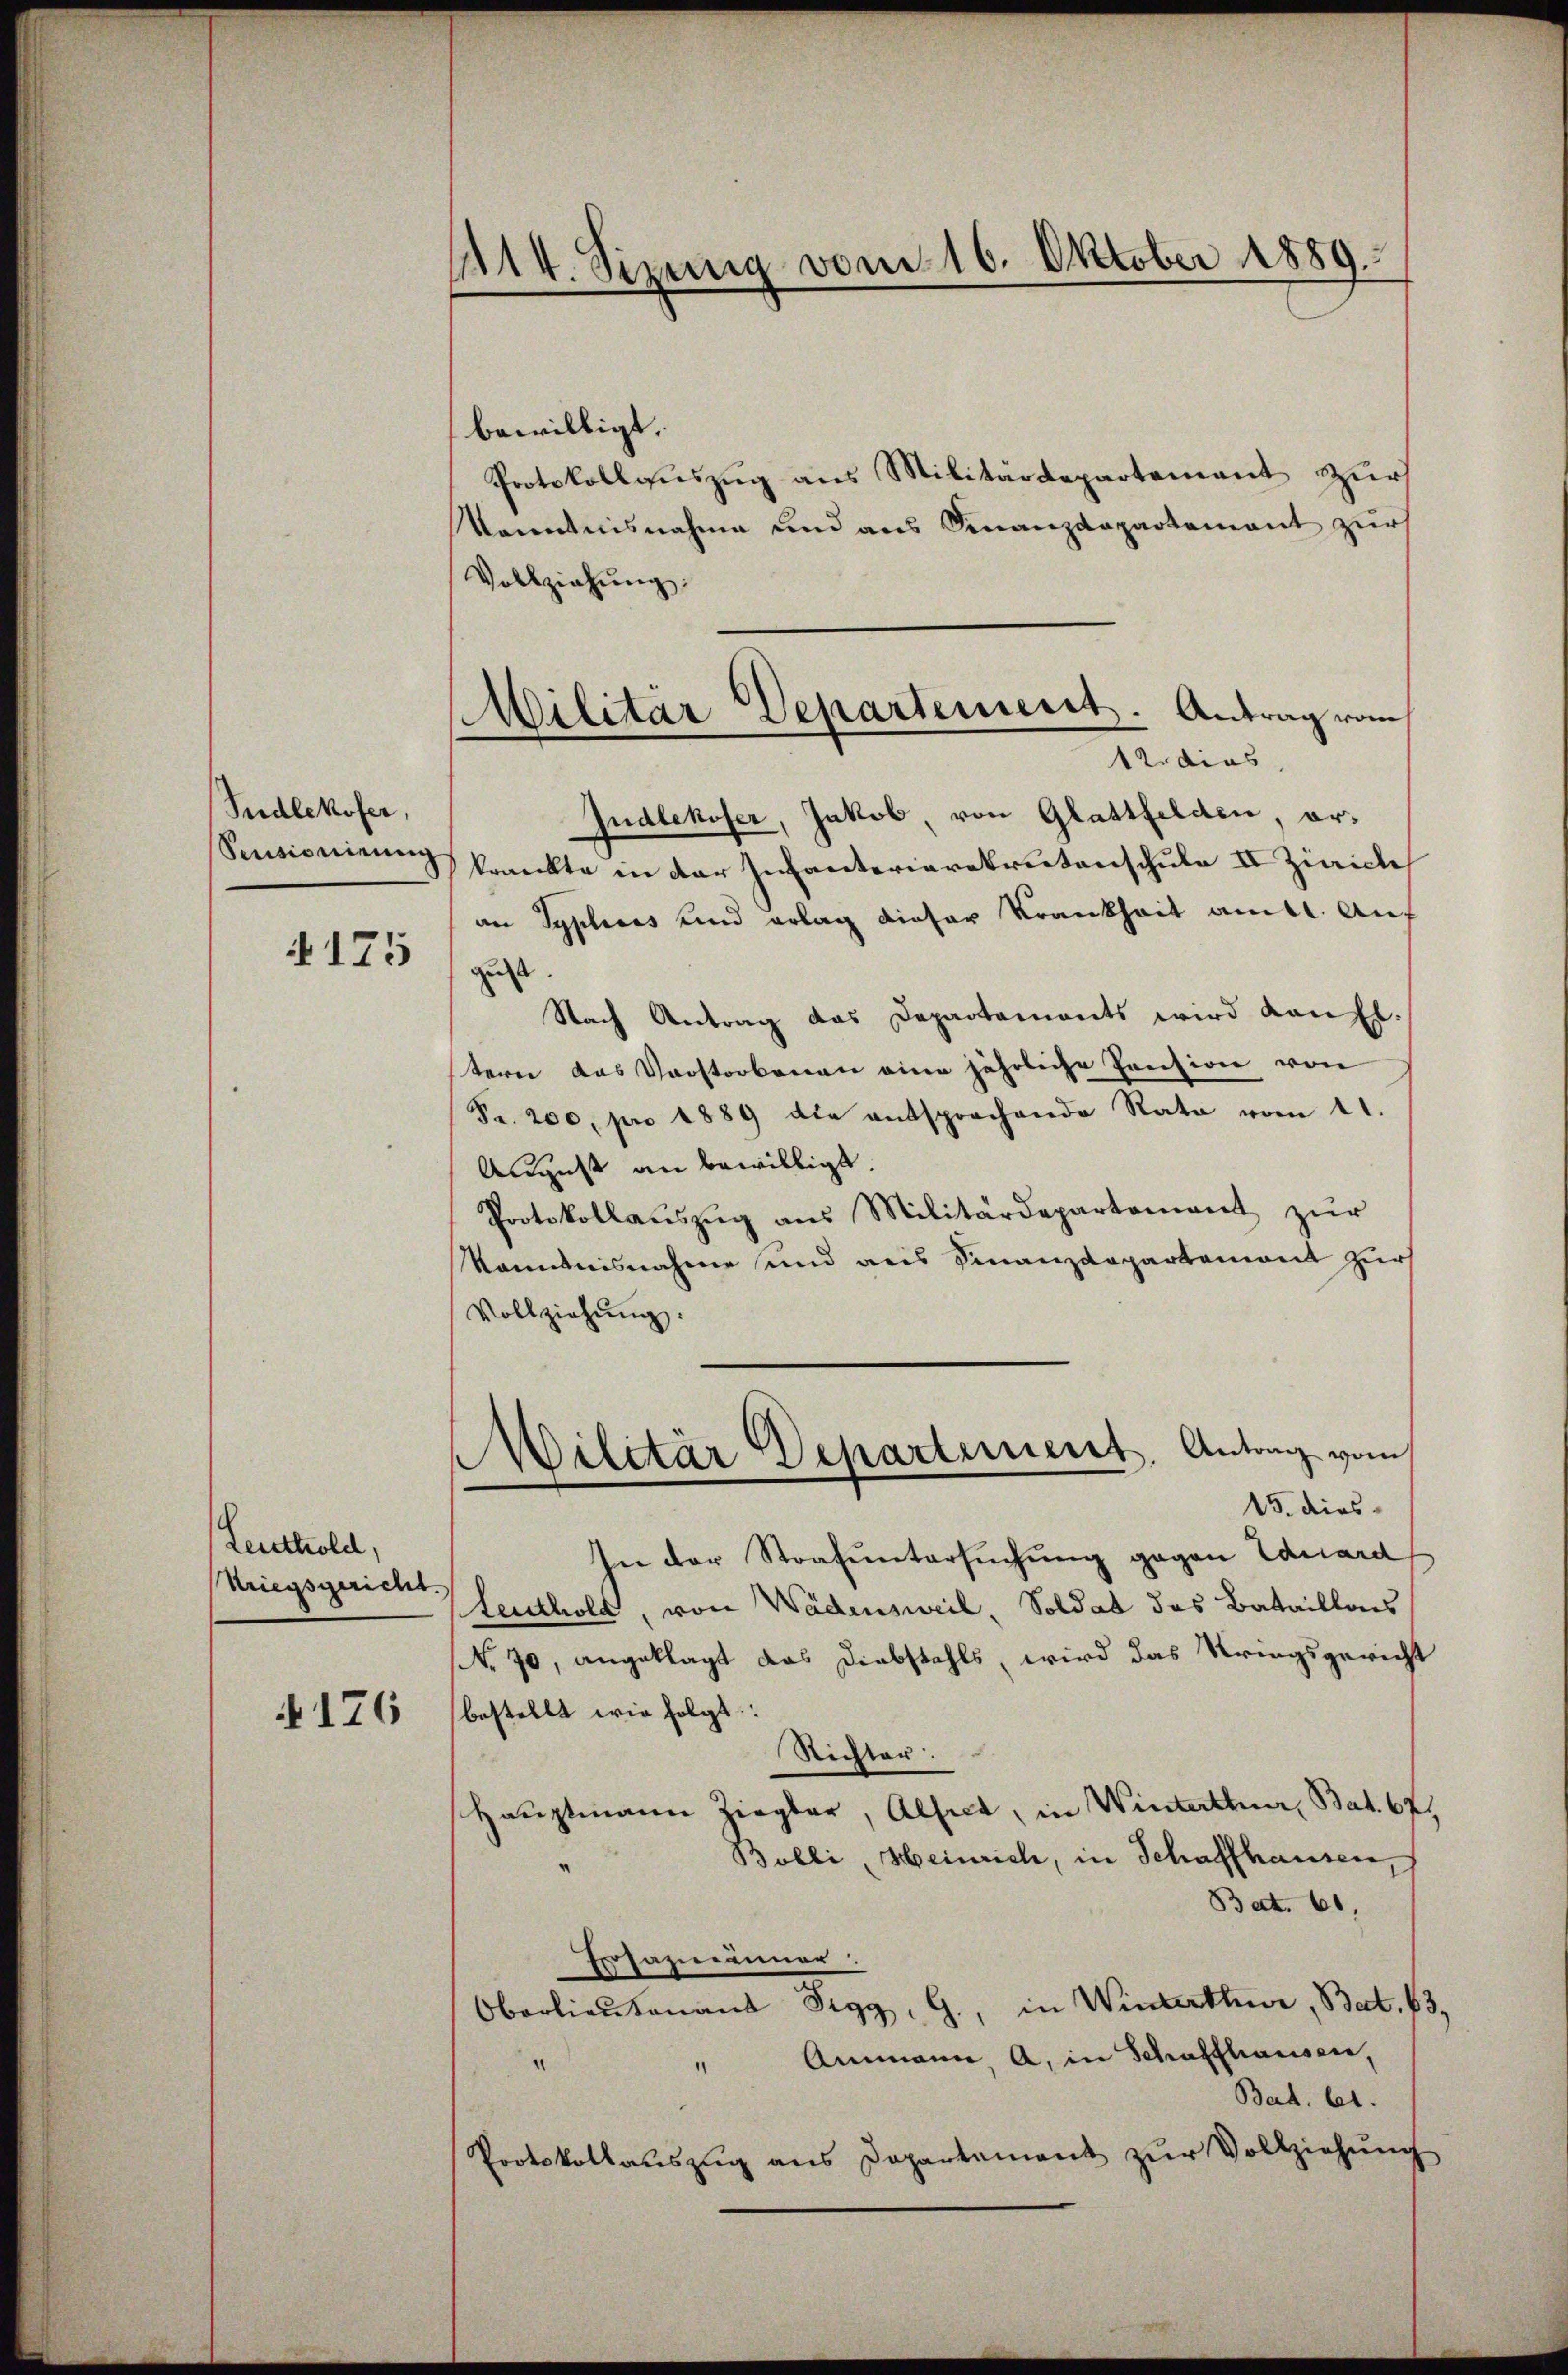
Sudlekofer,
Seewisheinung
4175

Leuthold,
Kriegsgericht.

§176

1114. Sizung vom 16. Oktober 1889

bewilligt.
Protokollaŭszŭg ans Militärdepartement zur
Kenntnisnahme und aus Finanzdepartement zur
Vollziehung.
Judlekofer, Jakob, von Glattfelden, orkrankte in der Infanterierekrutenschule II Ziicle
an Syphines und erlag dieser Krankheit amtl. Auf
gust
Nach Antrag das Departaments wird kan fl.
tern das Vorstorbenen eine jährliche Pension von
Fr. 200, pro 1889 die entsprochende Rata vom 21.
August an bewilligt.
Protokollaŭszŭg ans Militärdepartement zŭr
Maminisnahme und aus Finanzdepartement zur
Vollziehŭng.
(Militär Departement. Antrag vom
15. dies
In der Strafuntersuchung gegen Eduard
Leuthold, von Wädensweil, Soldat das Bataillons
NNo. 70, angeklagt das Diebstahls, wird das Kriegsgericht
bestellt wie folgt:
Richter.
Hauptmann Ziegler, Alfect, in Winterthur, Bat. 671
Bolli Heinrich, in Schaffhausen,
Bat. 61,
Ersazmänner
Oberlieutnant Sigg, G., in Winterthur, Bat. 63,
" Ammann, a. in Schaffhausen,
Bat. bet
Protokollaŭszŭg ans Departement zŭr Vollziehŭng

Militär Departement. Antrag vom
12. dies